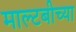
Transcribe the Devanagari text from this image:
माल्टबीच्या